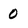
Character: 0